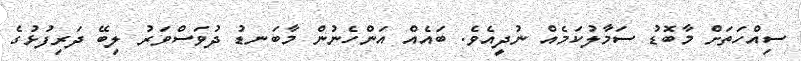
ސިއްހަތަށް މާބޮޑު ސަމާލުކަމެއް ނުދީއެވެ. ބައެއް އަންހެނުން މާބަނޑު ދުވަސްވަރު ލިބޭ ދަރިފުޅުގެ